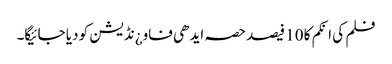
فلم کی انکم کا 10 فیصد حصہ ایدھی فاو¿نڈیشن کو دیا جائیگا۔